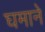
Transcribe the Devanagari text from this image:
घमाने